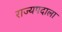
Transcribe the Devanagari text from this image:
राज्यपदाला